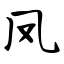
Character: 凤